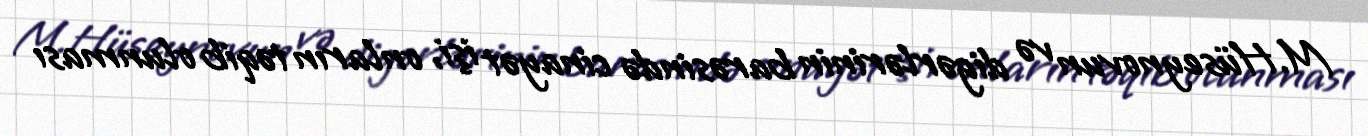
M.Hüseynovun və digərlərinin barəsində cinayət işi, onların təqib olunması